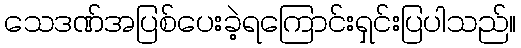
သေဒဏ်အပြစ်ပေးခဲ့ရကြောင်းရှင်းပြပါသည်။